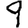
Digit: 9